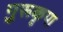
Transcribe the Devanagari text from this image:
गुरूकृपा